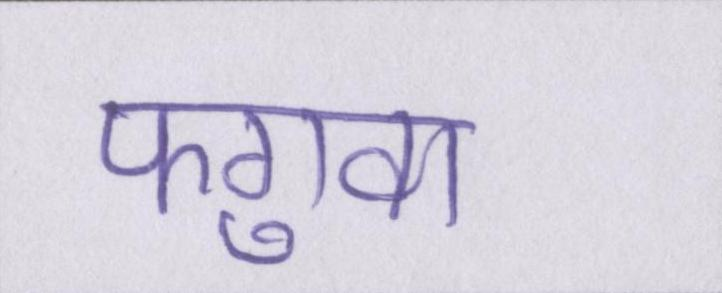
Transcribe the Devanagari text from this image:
फगुवा